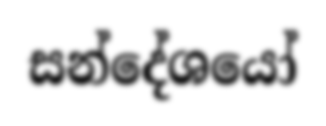
සන්දේශයෝ